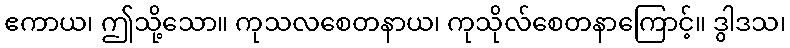
ဧကာယ၊ ဤသို့သော။ ကုသလစေတနာယ၊ ကုသိုလ်စေတနာကြောင့်။ ဒွါဒသ၊